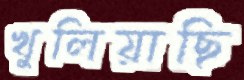
খুলিয়াছি